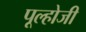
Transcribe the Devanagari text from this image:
पूल्होजी